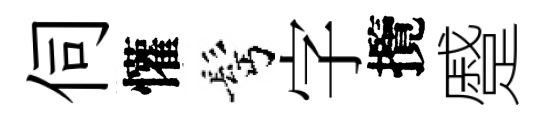
伺懽髩字攬蹙